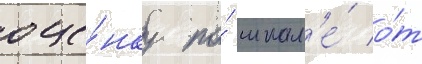
оце́нку по́ шкал'е́ о́т